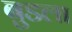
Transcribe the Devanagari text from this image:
बुडला